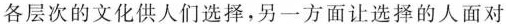
各层次的文化供人们选择，另一方面让选择的人面对